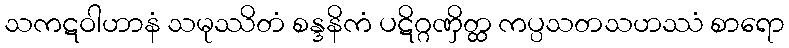
သကဋဝါဟာနံ သမုဿိတံ စန္ဒနိကံ ပဋိဂ္ဂဏှိတ္ထ ကပ္ပသတသဟဿံ စာရော